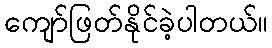
ကျော်ဖြတ်နိုင်ခဲ့ပါတယ်။